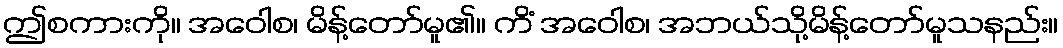
ဤစကားကို။ အဝေါစ၊ မိန့်တော်မူ၏။ ကိံ အဝေါစ၊ အဘယ်သို့မိန့်တော်မူသနည်း။